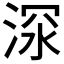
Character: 𱦴